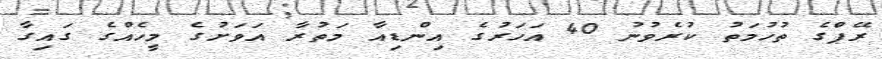
ރޭޕްގެ ތުހުމަތު ކުރެވުނު 40 އަހަރުގެ އިންޑިއާ މަތުރާ އަވަށުގެ މީހެއްގެ ގައިގާ